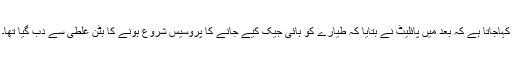
کہاجاتا ہے کہ بعد میں پائلیٹ نے بتایا کہ طیارے کو ہائی جیک کیے جانے کا پروسیس شروع ہونے کا بٹن غلطی سے دب گیا تھا۔